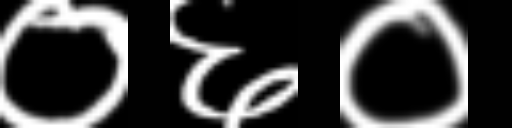
Text: ०६०